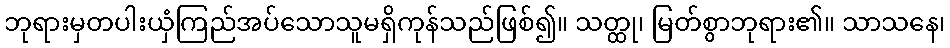
ဘုရားမှတပါးယှံကြည်အပ်သောသူမရှိကုန်သည်ဖြစ်၍။ သတ္ထု၊ မြတ်စွာဘုရား၏။ သာသနေ၊